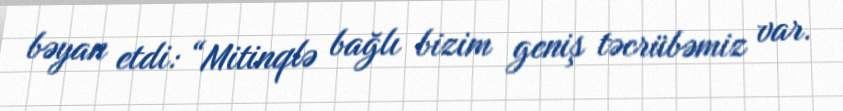
bəyan etdi: “Mitinqlə bağlı bizim geniş təcrübəmiz var.